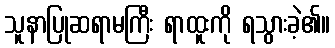
သူနာပြုဆရာမကြီး ရာထူးကို ရသွားခဲ့၏။